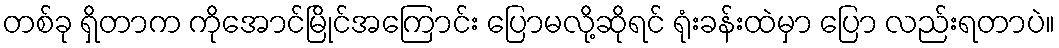
တစ်ခု ရှိတာက ကိုအောင်မြိုင်အကြောင်း ပြောမလို့ဆိုရင် ရုံးခန်းထဲမှာ ပြော လည်းရတာပဲ။